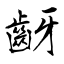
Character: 齖